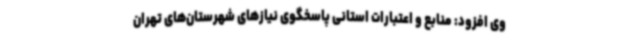
وی افزود: منابع و اعتبارات استانی پاسخگوی نیازهای شهرستان‌های تهران